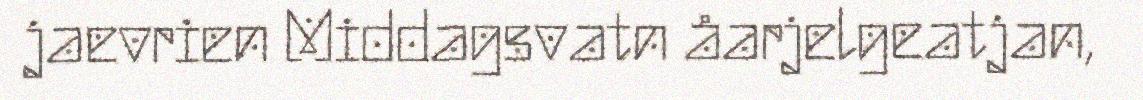
jaevrien Middagsvatn åarjelgeatjan,